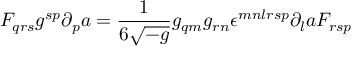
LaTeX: F _ { q r s } g ^ { s p } \partial _ { p } a = { \frac { 1 } { 6 \sqrt { - g } } } g _ { q m } g _ { r n } \epsilon ^ { m n l r s p } \partial _ { l } a F _ { r s p }